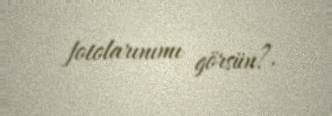
fotolarınımı görsün?.